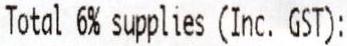
TOTAL 6% SUPPLIES (INC. GST):